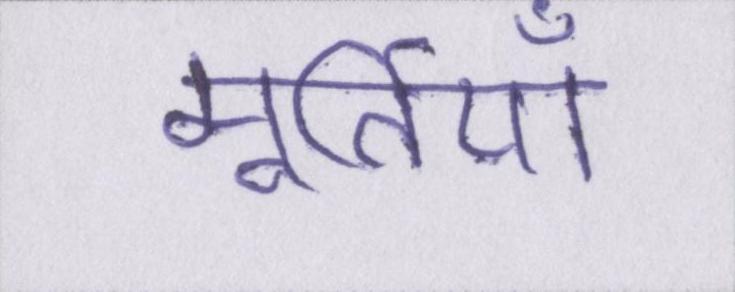
मूर्तियाँ